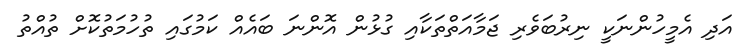
އަދި އެމީހުންނަކީ ނިރުބަވެރި ޖަމާއަތްތަކާއި ގުޅުން އޮންނަ ބައެއް ކަމުގައި ތުހުމަތުކޮށް ތުއްތު